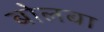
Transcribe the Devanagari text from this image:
बोलबा